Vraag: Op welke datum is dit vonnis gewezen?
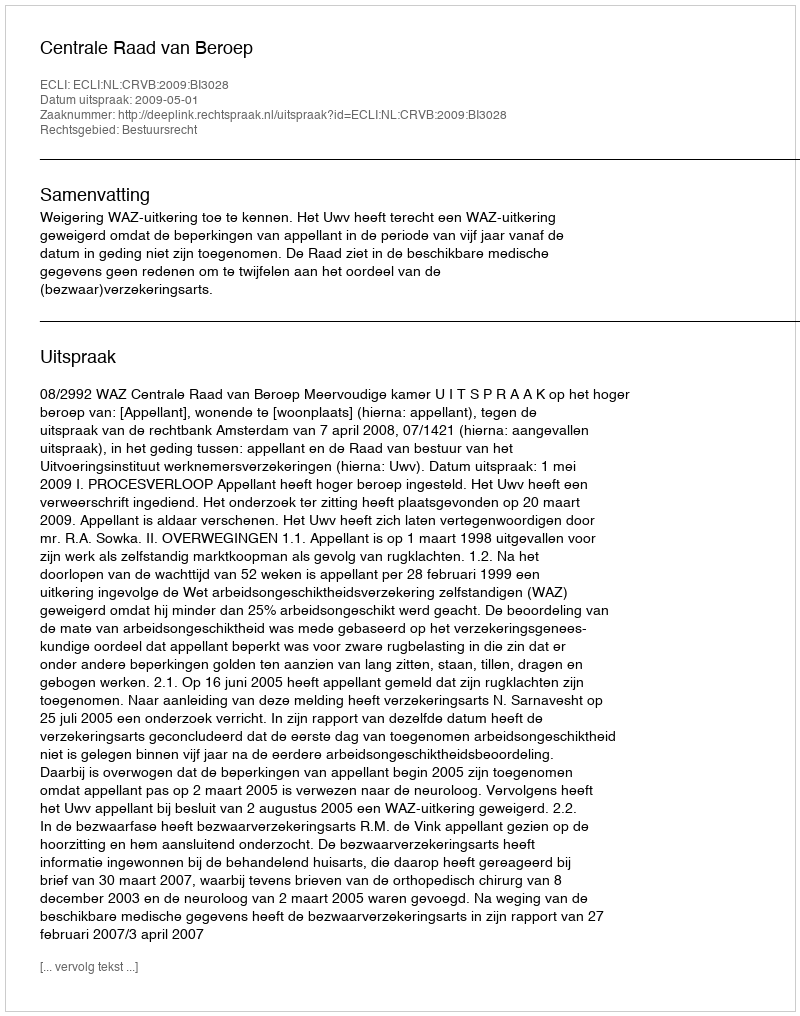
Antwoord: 2009-05-01